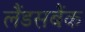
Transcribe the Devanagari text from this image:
लैंडसबैंक